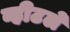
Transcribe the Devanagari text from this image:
व्हीटले